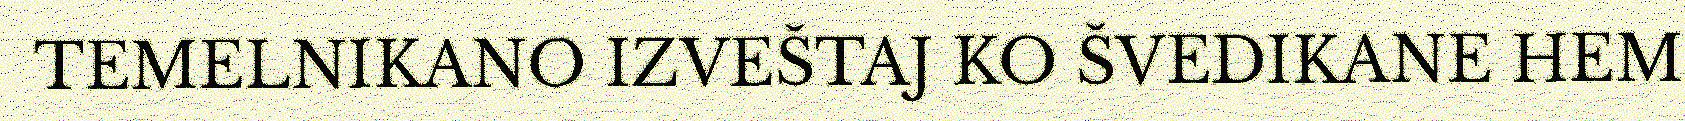
TEMELNIKANO IZVEŠTAJ KO ŠVEDIKANE HEM